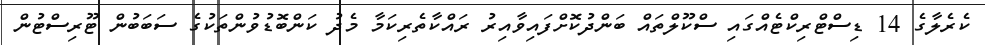
ކެރެލާގެ 14 ޑިސްޓްރިކްޓެއްގައި ސްކޫލްތައް ބަންދުކޮށްފައިވާއިރު ރައްކާތެރިކަމާ މެދު ކަންބޮޑުވުންތަކުގެ ސަބަބުން ޓޫރިސްޓުން